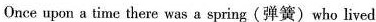
Once upon a time there was a gpring(弹簧)who lived